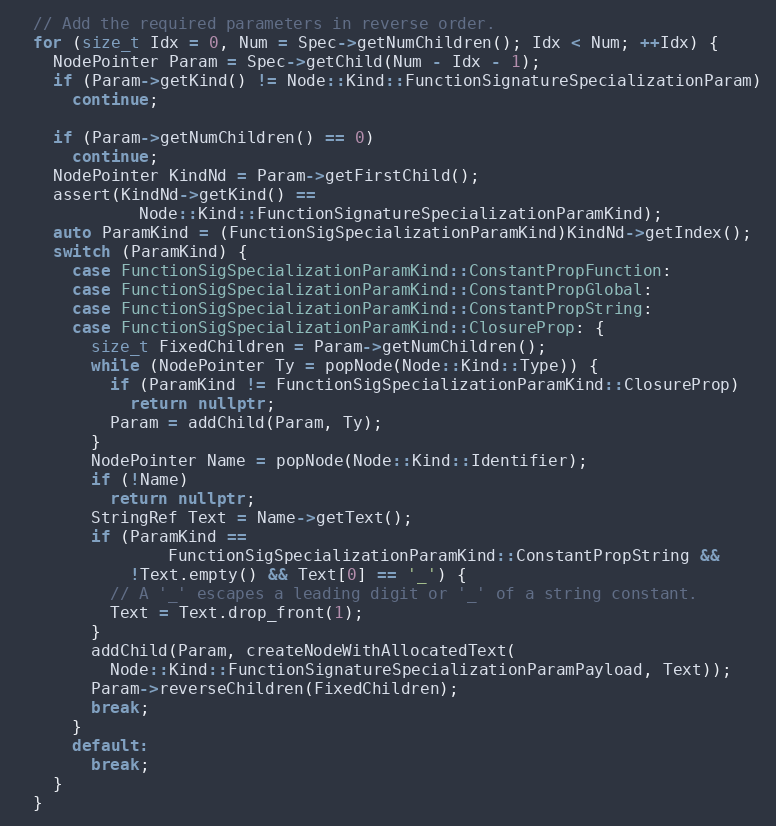
Language: C++
  // Add the required parameters in reverse order.
  for (size_t Idx = 0, Num = Spec->getNumChildren(); Idx < Num; ++Idx) {
    NodePointer Param = Spec->getChild(Num - Idx - 1);
    if (Param->getKind() != Node::Kind::FunctionSignatureSpecializationParam)
      continue;

    if (Param->getNumChildren() == 0)
      continue;
    NodePointer KindNd = Param->getFirstChild();
    assert(KindNd->getKind() ==
             Node::Kind::FunctionSignatureSpecializationParamKind);
    auto ParamKind = (FunctionSigSpecializationParamKind)KindNd->getIndex();
    switch (ParamKind) {
      case FunctionSigSpecializationParamKind::ConstantPropFunction:
      case FunctionSigSpecializationParamKind::ConstantPropGlobal:
      case FunctionSigSpecializationParamKind::ConstantPropString:
      case FunctionSigSpecializationParamKind::ClosureProp: {
        size_t FixedChildren = Param->getNumChildren();
        while (NodePointer Ty = popNode(Node::Kind::Type)) {
          if (ParamKind != FunctionSigSpecializationParamKind::ClosureProp)
            return nullptr;
          Param = addChild(Param, Ty);
        }
        NodePointer Name = popNode(Node::Kind::Identifier);
        if (!Name)
          return nullptr;
        StringRef Text = Name->getText();
        if (ParamKind ==
                FunctionSigSpecializationParamKind::ConstantPropString &&
            !Text.empty() && Text[0] == '_') {
          // A '_' escapes a leading digit or '_' of a string constant.
          Text = Text.drop_front(1);
        }
        addChild(Param, createNodeWithAllocatedText(
          Node::Kind::FunctionSignatureSpecializationParamPayload, Text));
        Param->reverseChildren(FixedChildren);
        break;
      }
      default:
        break;
    }
  }